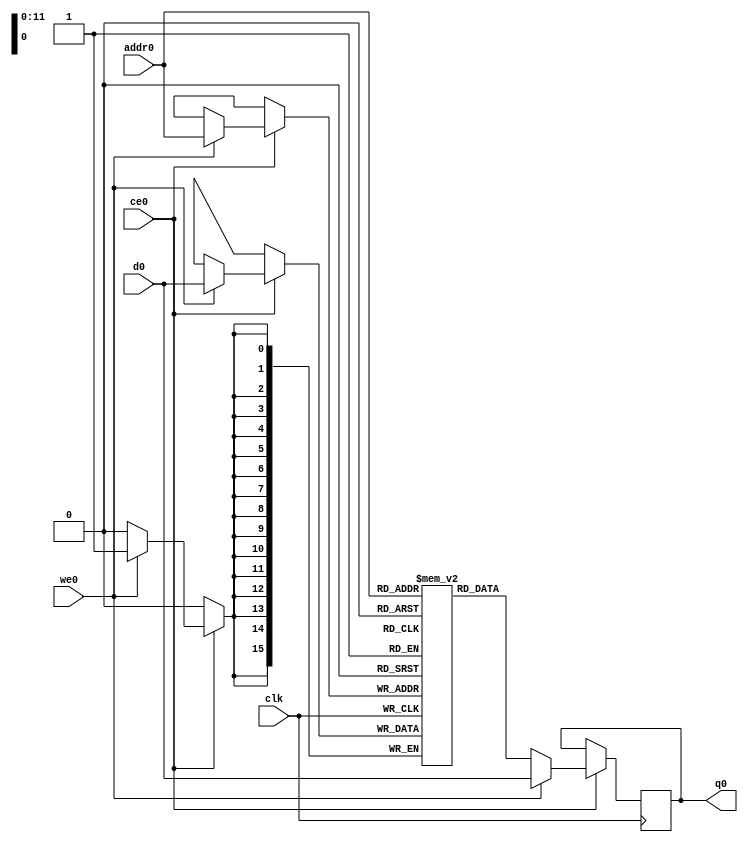
// ==============================================================
// File generated by Vivado(TM) HLS - High-Level Synthesis from C, C++ and SystemC
// Version: 2017.4
// Copyright (C) 1986-2017 Xilinx, Inc. All Rights Reserved.
// 
// ==============================================================

`timescale 1 ns / 1 ps
module line_buffer_mp_4_bkb_ram (addr0, ce0, d0, we0, q0,  clk);

parameter DWIDTH = 16;
parameter AWIDTH = 12;
parameter MEM_SIZE = 2944;

input[AWIDTH-1:0] addr0;
input ce0;
input[DWIDTH-1:0] d0;
input we0;
output reg[DWIDTH-1:0] q0;
input clk;

(* ram_style = "block" *)reg [DWIDTH-1:0] ram[0:MEM_SIZE-1];




always @(posedge clk)  
begin 
    if (ce0) 
    begin
        if (we0) 
        begin 
            ram[addr0] <= d0; 
            q0 <= d0;
        end 
        else 
            q0 <= ram[addr0];
    end
end


endmodule


`timescale 1 ns / 1 ps
module line_buffer_mp_4_bkb(
    reset,
    clk,
    address0,
    ce0,
    we0,
    d0,
    q0);

parameter DataWidth = 32'd16;
parameter AddressRange = 32'd2944;
parameter AddressWidth = 32'd12;
input reset;
input clk;
input[AddressWidth - 1:0] address0;
input ce0;
input we0;
input[DataWidth - 1:0] d0;
output[DataWidth - 1:0] q0;



line_buffer_mp_4_bkb_ram line_buffer_mp_4_bkb_ram_U(
    .clk( clk ),
    .addr0( address0 ),
    .ce0( ce0 ),
    .d0( d0 ),
    .we0( we0 ),
    .q0( q0 ));

endmodule